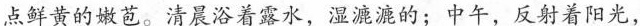
点鲜黄的嫩苞。清晨浴着露水，湿漉的；中午，反射着阳光，